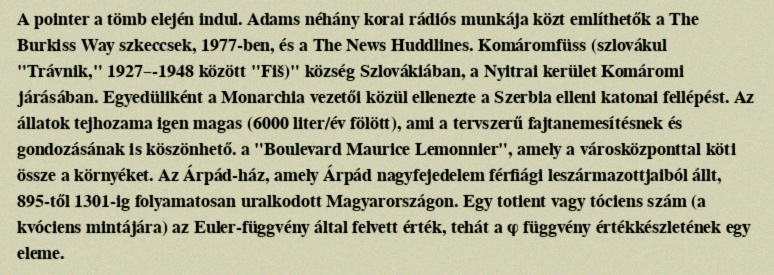
A pointer a tömb elején indul. Adams néhány korai rádiós munkája közt említhetők a The Burkiss Way szkeccsek, 1977-ben, és a The News Huddlines. Komáromfüss (szlovákul "Trávnik," 1927–-1948 között "Fiš)" község Szlovákiában, a Nyitrai kerület Komáromi járásában. Egyedüliként a Monarchia vezetői közül ellenezte a Szerbia elleni katonai fellépést. Az állatok tejhozama igen magas (6000 liter/év fölött), ami a tervszerű fajtanemesítésnek és gondozásának is köszönhető. a "Boulevard Maurice Lemonnier", amely a városközponttal köti össze a környéket. Az Árpád-ház, amely Árpád nagyfejedelem férfiági leszármazottjaiból állt, 895-től 1301-ig folyamatosan uralkodott Magyarországon. Egy totient vagy tóciens szám (a kvóciens mintájára) az Euler-függvény által felvett érték, tehát a φ függvény értékkészletének egy eleme.